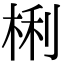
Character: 梸